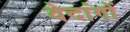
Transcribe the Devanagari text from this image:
वेदांगाें